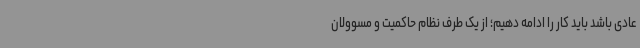
عادی باشد باید کار را ادامه دهیم؛ از یک طرف نظام حاکمیت و مسوولان